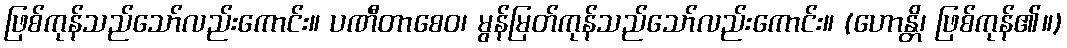
ဖြစ်ကုန်သည်သော်လည်းကောင်း။ ပဏီတာစေဝ၊ မွန်မြတ်ကုန်သည်သော်လည်းကောင်း။ (ဟောန္တိ၊ ဖြစ်ကုန်၏။)